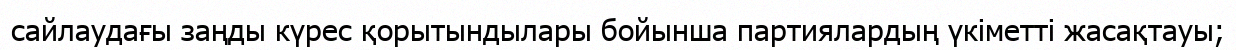
сайлаудағы заңды күрес қорытындылары бойынша партиялардың үкіметті жасақтауы;